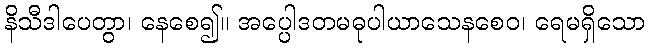
နိသီဒါပေတွာ၊ နေစေ၍။ အပ္ပေါဒတမဓုပါယာသေနစေဝ၊ ရေမရှိသော